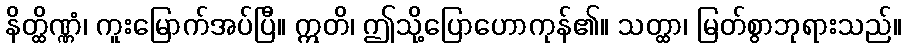
နိတ္ထိဏ္ဏံ၊ ကူးမြောက်အပ်ပြီ။ ဣတိ၊ ဤသို့ပြောဟောကုန်၏။ သတ္ထာ၊ မြတ်စွာဘုရားသည်။